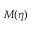
M ( \eta )